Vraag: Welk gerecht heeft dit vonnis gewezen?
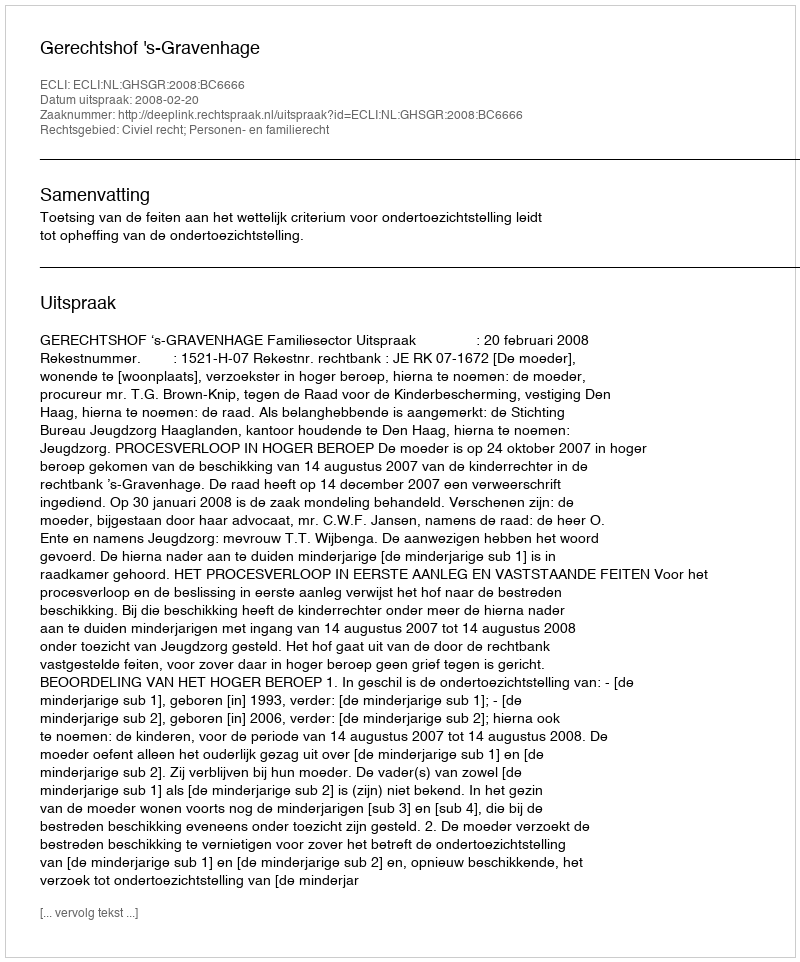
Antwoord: Gerechtshof 's-Gravenhage